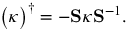
\big ( \boldsymbol { \kappa } \big ) ^ { \dagger } = - \mathbf { S } \boldsymbol { \kappa } \mathbf { S } ^ { - 1 } .